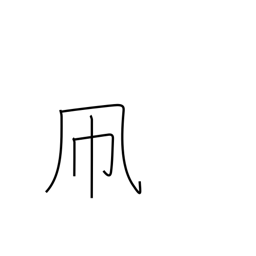
Meaning: kite